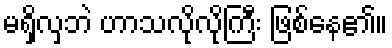
မရှိလှဘဲ ဟာသလိုလိုကြီး ဖြစ်နေ၏။